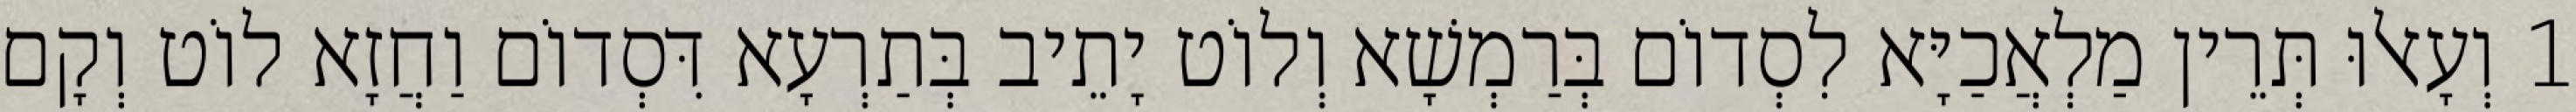
1 וְעָאלוּ תְּרֵין מַלְאֲכַיָּא לִסְדוֹם בְּרַמְשָׁא וְלוֹט יָתֵיב בְּתַרְעָא דִּסְדוֹם וַחֲזָא לוֹט וְקָם